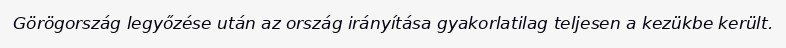
Görögország legyőzése után az ország irányítása gyakorlatilag teljesen a kezükbe került.